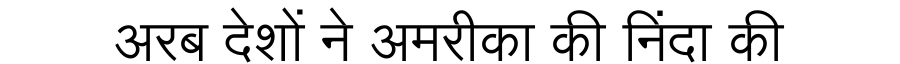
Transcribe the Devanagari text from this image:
अरब देशों ने अमरीका की निंदा की